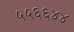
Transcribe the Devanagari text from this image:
५५६६४४